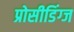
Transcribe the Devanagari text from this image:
प्रोसीडिंग्ज